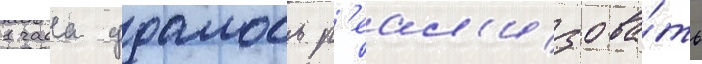
1 часа удалось р'еал'изова́ть